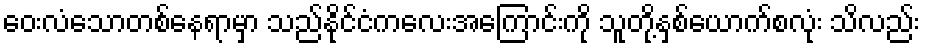
ဝေးလံသောတစ်နေရာမှာ သည်နိုင်ငံကလေးအကြောင်းကို သူတို့နှစ်ယောက်စလုံး သိလည်း